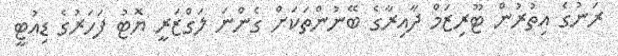
ރަނުގެ އިތުރުން ޓޫރިޒަމް ދާއިރާގެ ބޭނުންތަކަށް ގެންނަ ލަގްޒަރީ ޔޮޓު ފަހަރުގެ ޑިއުޓީ